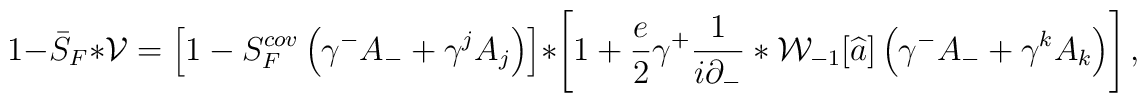
1 - \bar{S}_{F} \ast {\cal V} = \left[1 - S^{cov}_F\left(\gamma^{-} {A}_{-} + \gamma^{j} {A}_{j}\right) \right]\ast \left[1 + \frac{e}{2} \gamma^{+} \frac{1}{i \partial_{-}} \ast{\cal W}_{-1}[\widehat{a}] \left(\gamma^{-} {A}_{-} +\gamma^{k} {A}_{k}\right)\right],